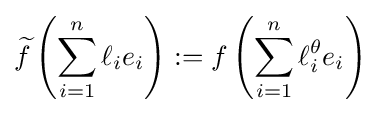
{\widetilde {f}}\left(\sum _{i=1}^{n}\ell _{i}e_{i}\right):=f\left(\sum _{i=1}^{n}\ell _{i}^{\theta }e_{i}\right)